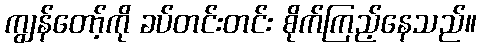
ကျွန်တော့်ကို ခပ်တင်းတင်း စိုက်ကြည့်နေသည်။